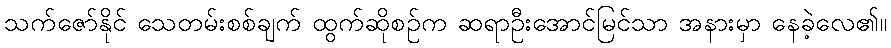
သက်ဇော်နိုင် သေတမ်းစစ်ချက် ထွက်ဆိုစဉ်က ဆရာဦးအောင်မြင်သာ အနားမှာ နေခဲ့လေ၏။